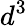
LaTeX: d^{3}